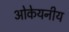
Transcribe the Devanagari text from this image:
ओकेयनीय